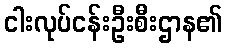
ငါးလုပ်ငန်းဦးစီးဌာန၏